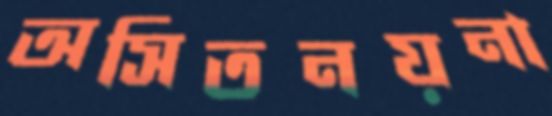
অসিতনয়না